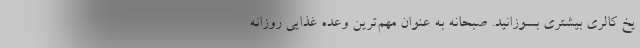
یخ کالری بیشتری بسوزانید. صبحانه به عنوان مهم‌ترین وعده غذایی روزانه